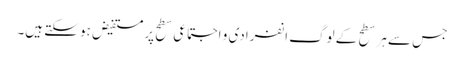
جس سے ہر سطح کے لوگ انفرادی و اجتماعی سطح پر مستفیض ہو سکتے ہیں۔